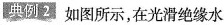
典例2如图所示，在光滑绝缘水